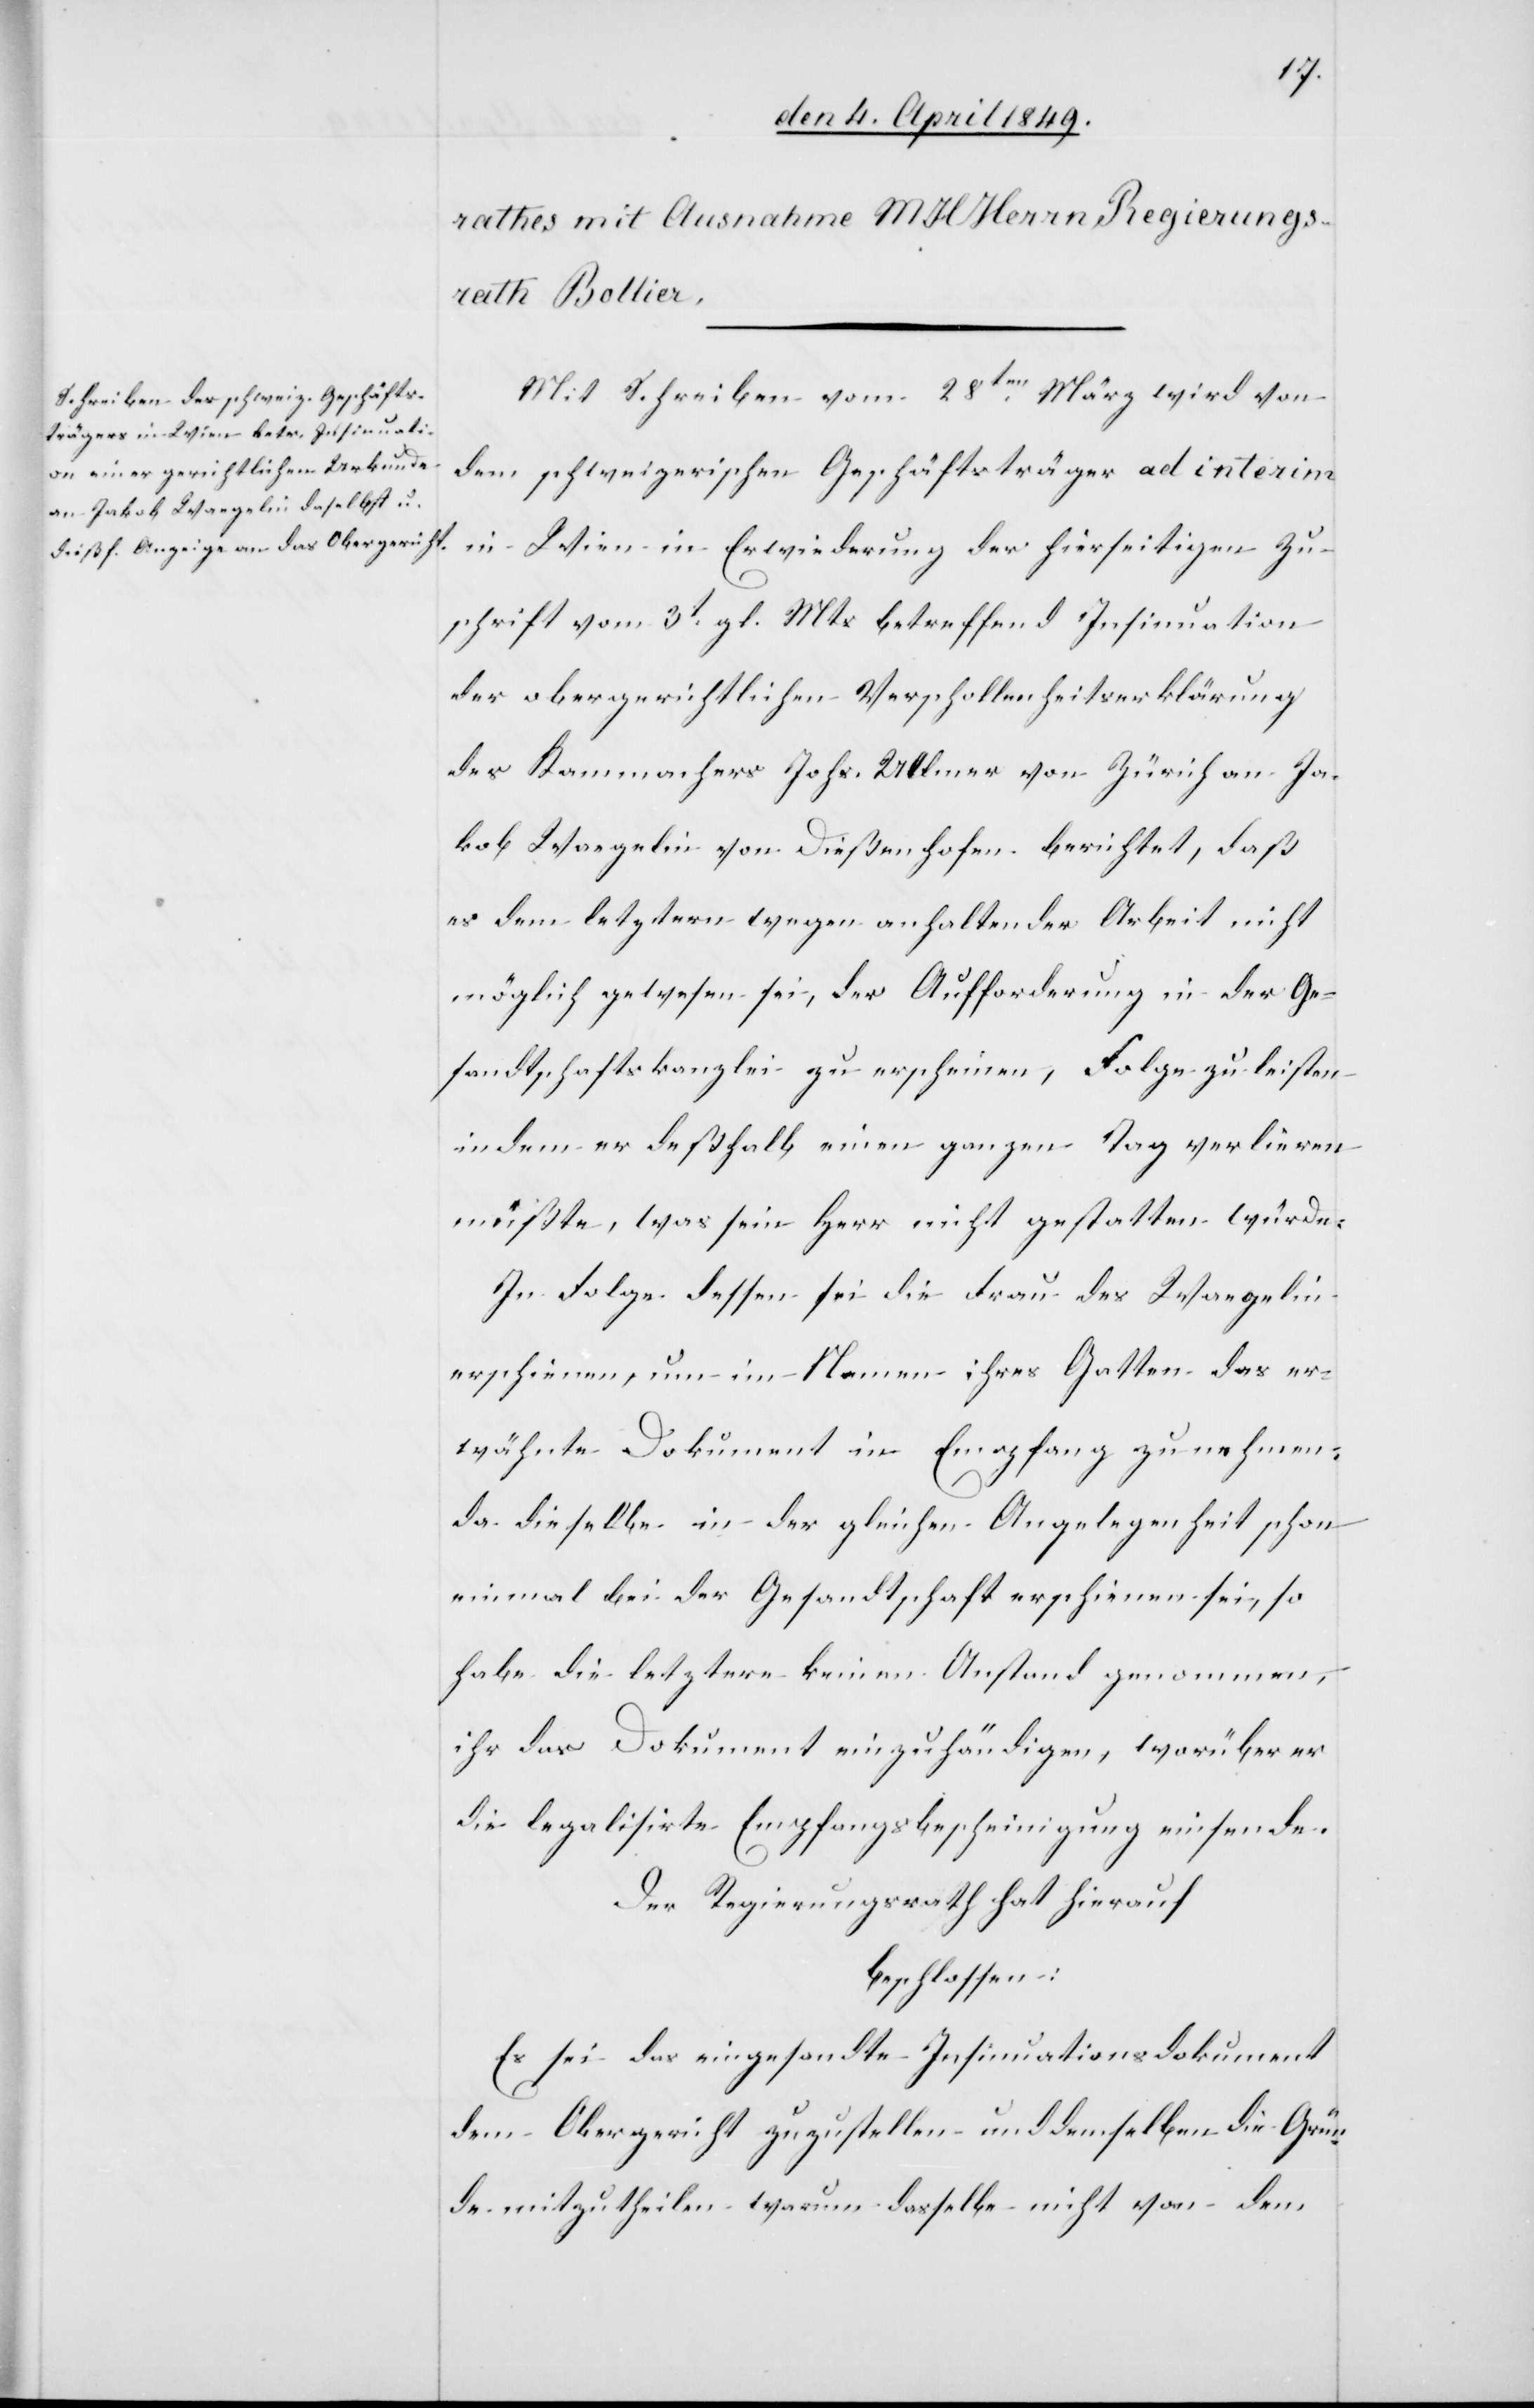
Mit Schreiben vom 28ten März wird von
dem schweizerischen Geschäftsträger ad interim
in
Wien in Erwiederung der hierseitigen Zu¬
schrift vom 3t gl. Mts betreffend Insinuation
der obergerichtlichen Verschollenheitserklärung
des Kammachers Johs. Ulmer von Zürich an Ja¬
kob Waegelin von Dießenhofen berichtet, daß
es dem letztern wegen anhaltender Arbeit nicht
möglich gewesen sei, der Aufforderung in der Ge¬
sandtschaftskanzlei zu erscheinen, Folge zu leisten
in dem er deßhalb einen ganzen Tag verlieren
müßte, was sein Herr nicht gestatten würde.
In Folge dessen sei die Frau des Waegelin
erschienen, um im Nahmen ihres Gatten das er¬
wähnte Dokument in Empfang zu nehmen,
da dieselbe in der gleichen Angelegenheit schon
einmal bei der Gesandtschaft erschienen sei, so
habe die letztere keinen Anstand genommen,
ihr das Dokument einzuhändigen, worüber er
die legalisirte Empfangsbescheinigung einsende.
Der Regierungsrath hat hierauf
beschlossen:
Es sei das eingesandte Insinuationsdokument
dem Obergericht zuzustellen und demselben die Grün¬
de mitzutheilen warum dasselbe nicht von dem